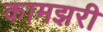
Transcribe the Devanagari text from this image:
कामझरी